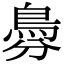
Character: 𩿉